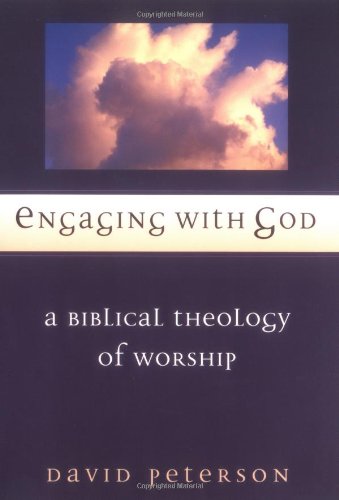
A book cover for Engaging with God: A Biblical Theology of Worship; David G. Peterson; Christian Books & Bibles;